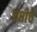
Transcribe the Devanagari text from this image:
जप्तीचे